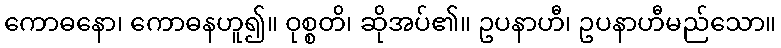
ကောဓနော၊ ကောဓနဟူ၍။ ဝုစ္စတိ၊ ဆိုအပ်၏။ ဥပနာဟီ၊ ဥပနာဟီမည်သော။